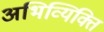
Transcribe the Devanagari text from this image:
अभिव्यिक्ति